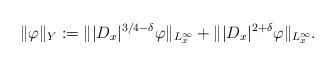
LaTeX: \begin{align*}\|\varphi\|_Y := \||D_x|^{3/4-\delta}\varphi\|_{L_x^{\infty}} + \||D_x|^{2 + \delta}\varphi\|_{L_x^\infty}.\end{align*}